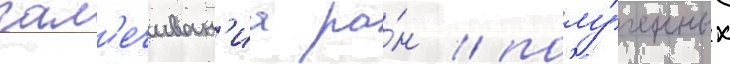
зал'ечиван'иа ра́н / полу́ченных